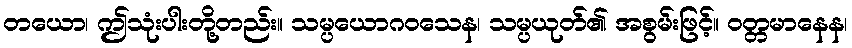
တယော၊ ဤသုံးပါးတို့တည်း။ သမ္ပယောဂဝသေန၊ သမ္ပယုတ်၏ အစွမ်းဖြင့်။ ဝတ္တမာနေန၊